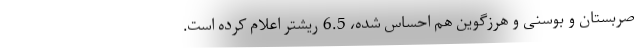
صربستان و بوسنی و هرزگوین هم احساس شده، 6.5 ریشتر اعلام کرده است.